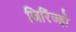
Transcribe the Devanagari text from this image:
जिरिंज्हो